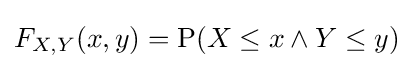
F_{X,Y}(x,y)=\operatorname {P} (X\leq x\land Y\leq y)